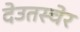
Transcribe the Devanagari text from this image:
देउतस्चेर